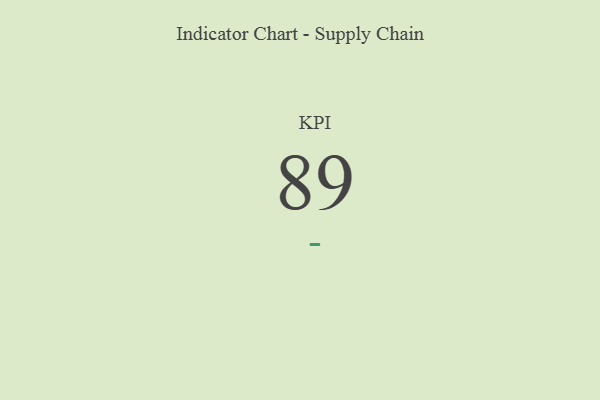
{"axis": {"x": "KPI", "y": "Value"}, "legend": [""], "data": [{"x": "KPI", "y": 89, "type": ""}]}